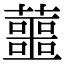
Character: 蘁